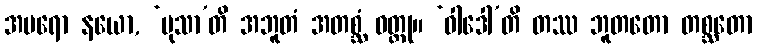
အပရော နယော, ‘မုသာ’တိ အဘူတံ အတစ္ဆံ ဝတ္ထု။ ‘ဝါဒေါ’တိ တဿ ဘူတတော တစ္ဆတော